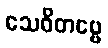
သေဝိတဗ္ဗေ